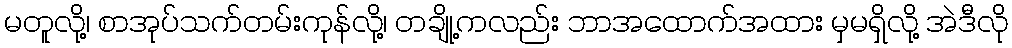
မတူလို့၊ စာအုပ်သက်တမ်းကုန်လို့၊ တချို့ကလည်း ဘာအထောက်အထား မှမရှိလို့ အဲဒီလို